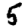
Digit: 5